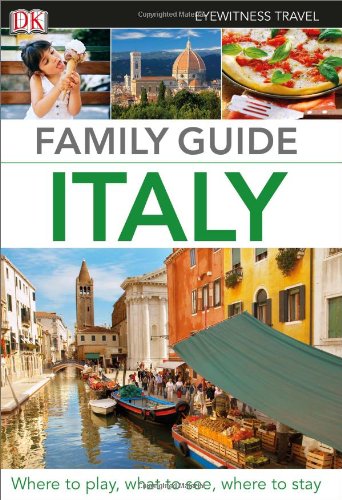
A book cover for Family Guide Italy (Eyewitness Travel Family Guide); Dorling Kindersley; Travel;